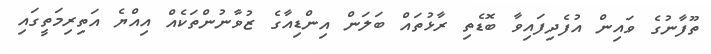
ތޫފާނުގެ ވައިން އުފެދިފައިވާ ބޮޑެތި ރާޅުތައް ބަލަން އިންޑިއާގެ ޒުވާނުންތަކެއް އިއްޔެ އަތިރިމަތީގައި